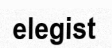
elegist